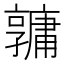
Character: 𤰎